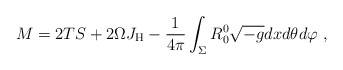
\begin{align*}M=2TS +2\Omega J_{\rm H} - \frac{1}{4 \pi } \int_\Sigma R_0^0 \sqrt{-g} dx d\theta d\varphi\ ,\end{align*}